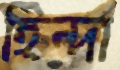
হিন্দা